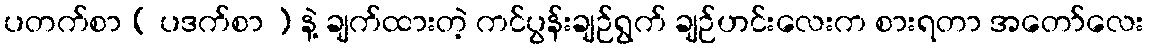
ပတက်စာ ( ပဒက်စာ ) နဲ့ ချက်ထားတဲ့ ကင်ပွန်းချဉ်ရွက် ချဉ်ဟင်းလေးက စားရတာ အတော်လေး